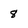
Character: 8